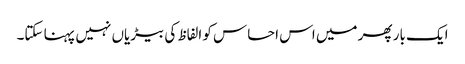
ایک بار پھر میں اس احساس کو الفاظ کی بیڑیاں نہیں پہنا سکتا۔